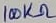
Text: 100KΩ